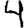
Digit: 4